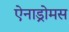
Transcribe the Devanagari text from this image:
ऐनाड्रोमस